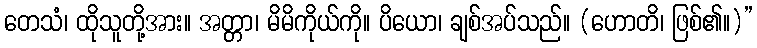
တေသံ၊ ထိုသူတို့အား။ အတ္တာ၊ မိမိကိုယ်ကို။ ပိယော၊ ချစ်အပ်သည်။ (ဟောတိ၊ ဖြစ်၏။)”